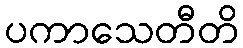
ပကာသေတီတိ